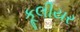
કૂલીયર